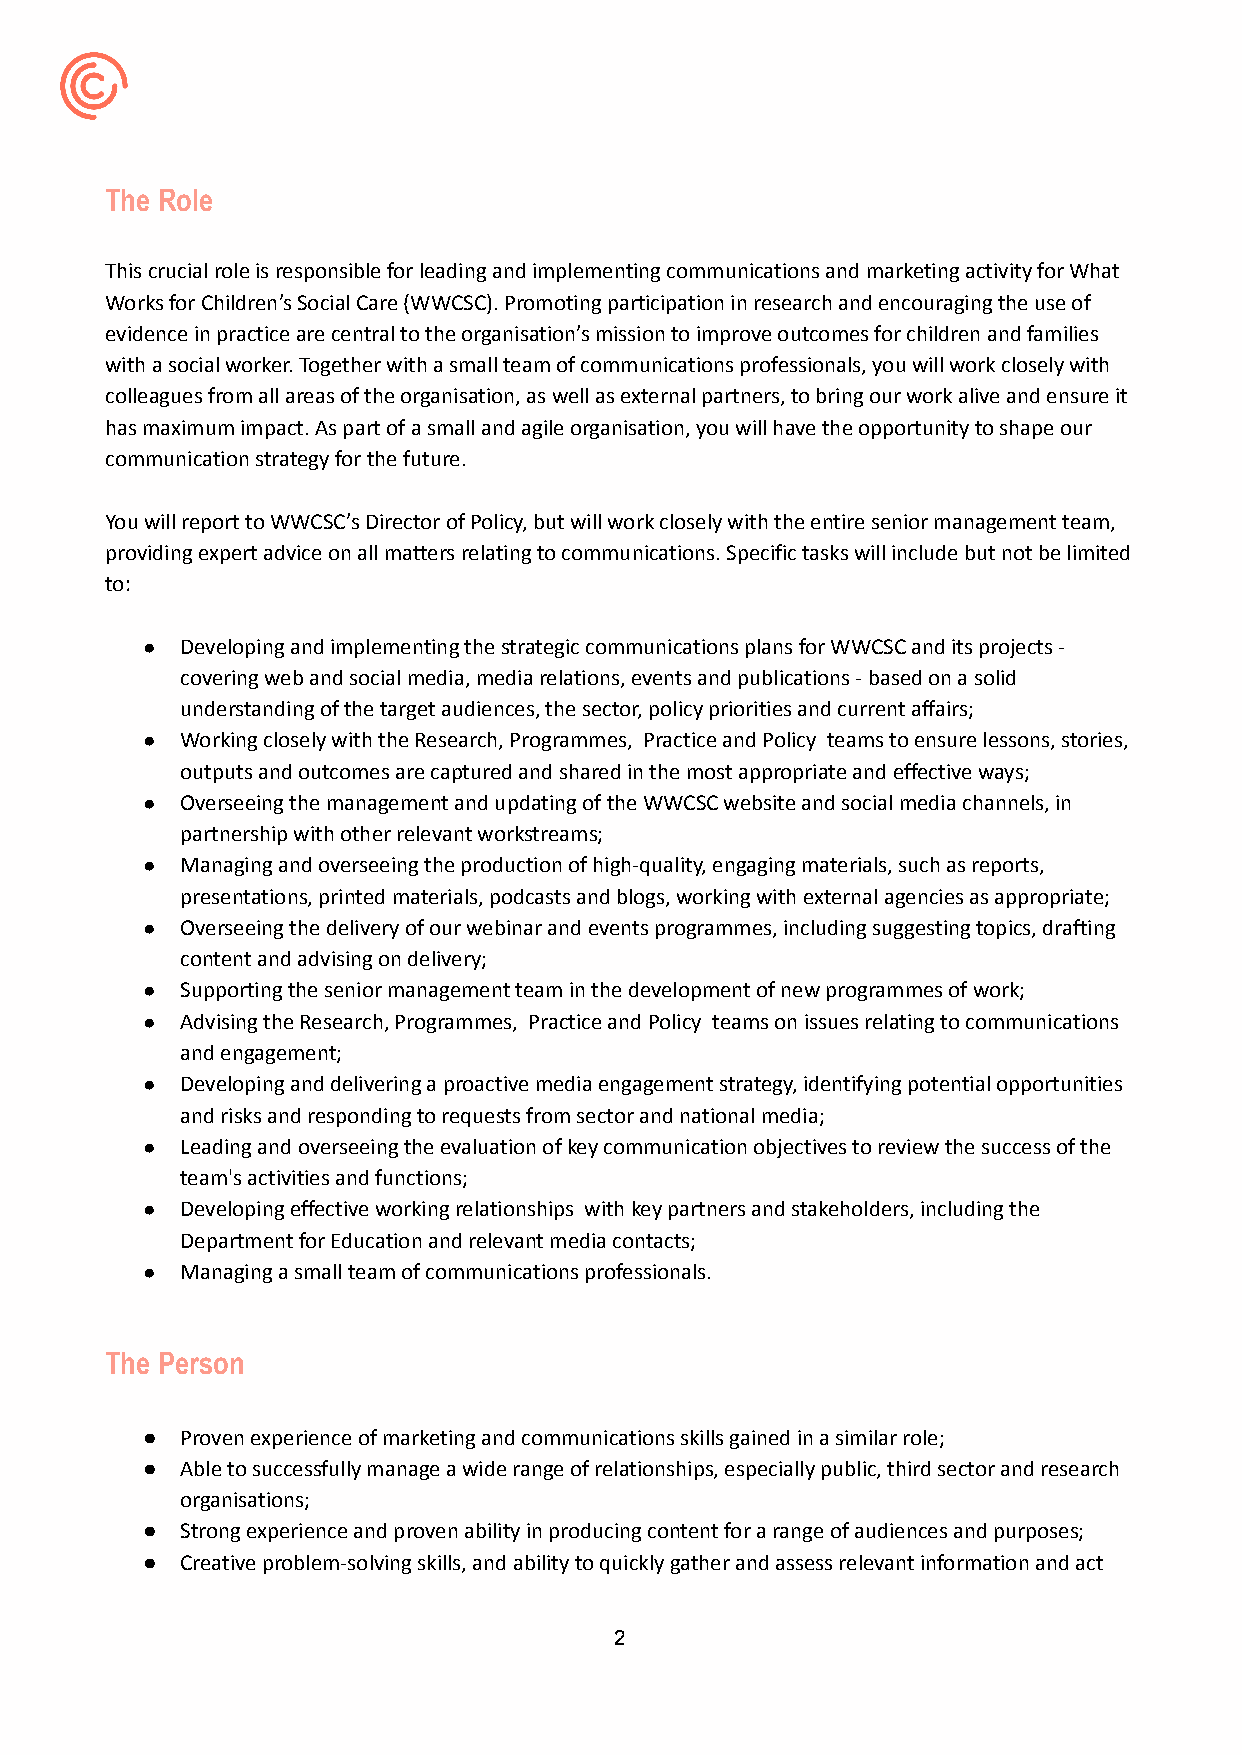
The Role
 This crucial role is responsible for leading and implementing communications and marketing activity for What
 Works for Children’s Social Care (WWCSC). Promoting participation in research and encouraging the use of
 evidence in practice are central to the organisation’s mission to improve outcomes for children and families
 with a social worker. Together with a small team of communications professionals, you will work closely with
 colleagues from all areas of the organisation, as well as external partners, to bring our work alive and ensure it
 has maximum impact. As part of a small and agile organisation, you will have the opportunity to shape our
 communication strategy for the future.
 You will report to WWCSC’s Director of Policy, but will work closely with the entire senior management team,
 providing expert advice on all matters relating to communications. Specific tasks will include but not be limited
 to:
 ●  Developing and implementing the strategic communications plans for WWCSC and its projects -
 covering web and social media, media relations, events and publications - based on a solid
 understanding of the target audiences, the sector, policy priorities and current affairs;
 ●  Working closely with the Research, Programmes, Practice and Policy teams to ensure lessons, stories,
 outputs and outcomes are captured and shared in the most appropriate and effective ways;
 ●  Overseeing the management and updating of the WWCSC website and social media channels, in
 partnership with other relevant workstreams;
 ●  Managing and overseeing the production of high-quality, engaging materials, such as reports,
 presentations, printed materials, podcasts and blogs, working with external agencies as appropriate;
 ●  Overseeing the delivery of our webinar and events programmes, including suggesting topics, drafting
 content and advising on delivery;
 ●  Supporting the senior management team in the development of new programmes of work;
 ●  Advising the Research, Programmes, Practice and Policy teams on issues relating to communications
 and engagement;
 ●  Developing and delivering a proactive media engagement strategy, identifying potential opportunities
 and risks and responding to requests from sector and national media;
 ●  Leading and overseeing the evaluation of key communication objectives to review the success of the
 team's activities and functions;
 ●  Developing effective working relationships with key partners and stakeholders, including the
 Department for Education and relevant media contacts;
 ●  Managing a small team of communications professionals.
 The Person
 ●  Proven experience of marketing and communications skills gained in a similar role;
 ●  Able to successfully manage a wide range of relationships, especially public, third sector and research
 organisations;
 ●  Strong experience and proven ability in producing content for a range of audiences and purposes;
 ●  Creative problem-solving skills, and ability to quickly gather and assess relevant information and act
 2